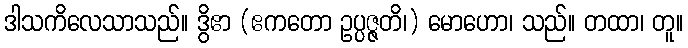
ဒါသကိလေသာသည်။ ဒွိဧာ (ဧကတော ဥပ္ပဇ္ဇတိ၊) မောဟော၊ သည်။ တထာ၊ တူ။